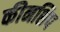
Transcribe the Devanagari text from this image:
कीनशिप